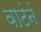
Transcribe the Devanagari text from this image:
वाटंनं